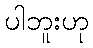
ပါဘူးဟု